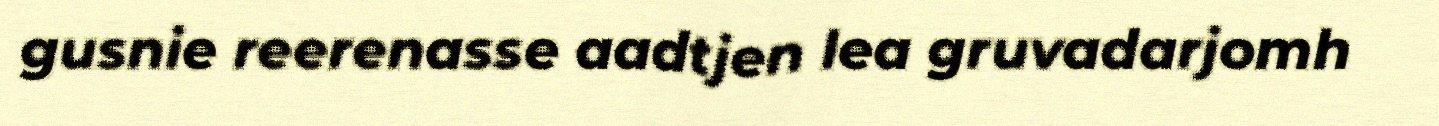
gusnie reerenasse aadtjen lea gruvadarjomh